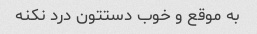
به موقع و خوب دستتون درد نکنه